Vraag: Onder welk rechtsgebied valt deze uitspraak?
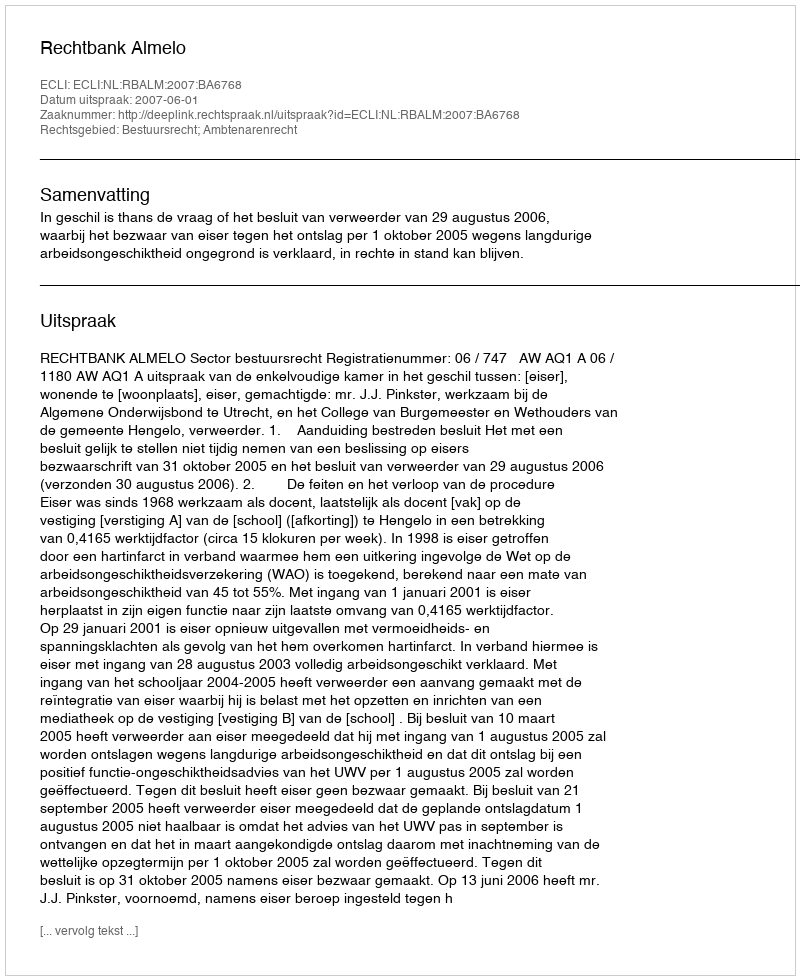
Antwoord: Bestuursrecht; Ambtenarenrecht